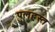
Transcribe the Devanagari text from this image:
पुलहस्त